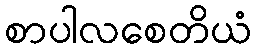
စာပါလစေတိယံ